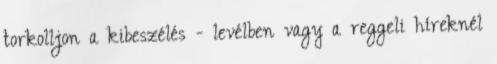
torkolljon a kibeszélés - levélben vagy a reggeli híreknél